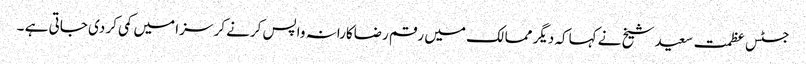
جسٹس عظمت سعید شیخ نے کہاکہ دیگر ممالک میں رقم رضاکارانہ واپس کرنے کر سزا میں کمی کر دی جاتی ہے ۔